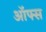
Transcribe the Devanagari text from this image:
ऑफ्स